Report on the working of the Ranchi Indian Mental Hospital, Kanke, in Bihar and Orissa - 1930-1940
Year: 1930
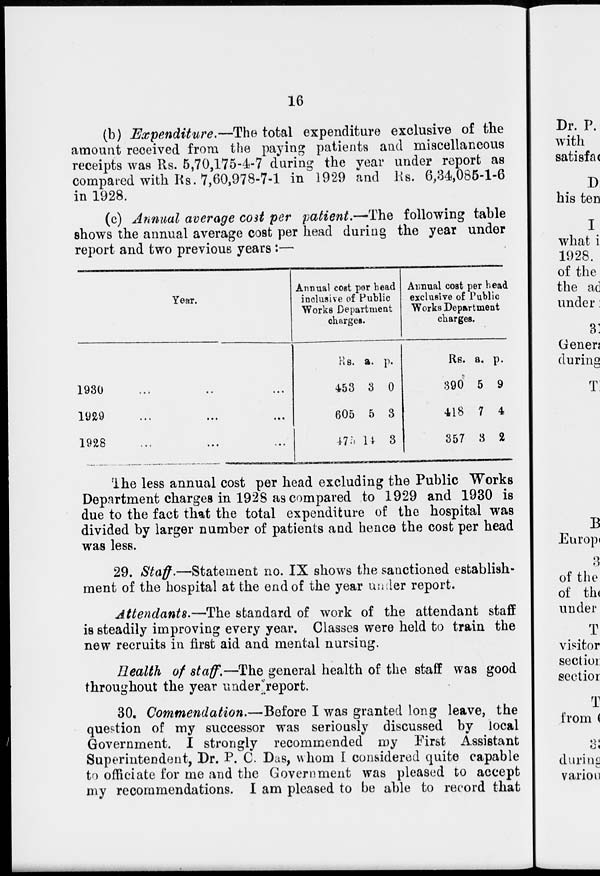
16
(b) Expenditure.—The total expenditure exclusive of the
amount received from the paying patients and miscellaneous
receipts was Rs. 5,70,175-4-7 during the year under report as
compared with Rs. 7,60,978-7-1 in 1929 and Rs. 6,34,085-1-6
in 1928.
(c) Annual average cost per patient.—The following table
shows the annual average cost per head during the year under
report and two previous years :—
Year.
1930 ... ... ...
1929 ... ... ...
1928 ... ... ...
Annual cost per head
inclusive of Public
Works Department
charges.
Rs.
453
605
475
a.
3
5
14
p.
0
3
3
Annual cost per head
exclusive of Public
Works Department
charges.
Rs.
390
418
357
a.
5
7
3
p.
9
4
2
The less annual cost per head excluding the Public Works
Department charges in 1928 as compared to 1929 and 1930 is
due to the fact that the total expenditure of the hospital was
divided by larger number of patients and hence the cost per head
was less.
29. Staff.—Statement no. IX shows the sanctioned establish-
ment of the hospital at the end of the year under report.
Attendants.—The standard of work of the attendant staff
is steadily improving every year. Classes were held to train the
new recruits in first aid and mental nursing.
Health of staff.—The general health of the staff was good
throughout the year under report.
30. Commendation.—Before I was granted long leave, the
question of my successor was seriously discussed by local
Government. I strongly recommended my First Assistant
Superintendent, Dr. P. C. Das, whom I considered quite capable
to officiate for me and the Government was pleased to accept
my recommendations. I am pleased to be able to record that